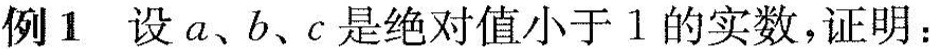
例1 设a、b、c是绝对值小于1的实数，证明：